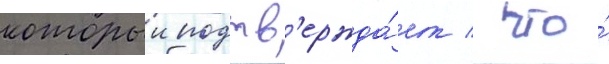
которыи подтв'ержда́ет / что́